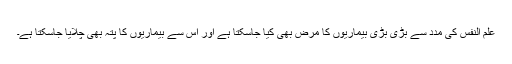
علم النفس کی مدد سے بڑی بڑی بیماریوں کا مرض بھی کیا جاسکتا ہے اور اس سے بیماریوں کا پتہ بھی چلایا جاسکتا ہے۔